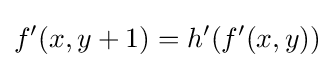
f'(x,y+1)=h'(f'(x,y))